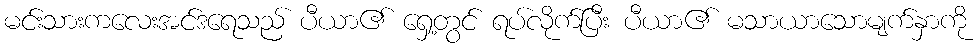
မင်းသားကလေးအင်ဒရေသည် ပီယာ၏ ရှေ့တွင် ရပ်လိုက်ပြီး ပီယာ၏ မသာယာသောမျက်နှာကို